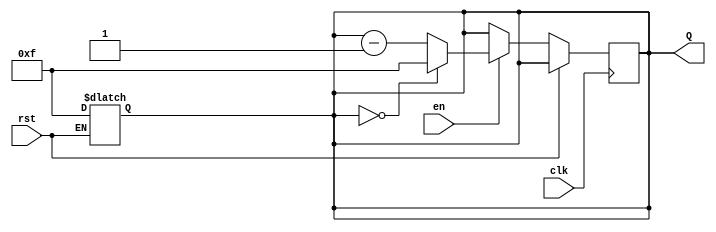
module binary_down_counter #(parameter N = 4) (
    input wire clk,          // Clock signal
    input wire rst,          // Asynchronous reset
    input wire en,           // Enable signal
    output reg [N-1:0] Q     // N-bit output count
);

    // Maximum value is defined as (2^N - 1)
    localparam MAX_VALUE = (1 << N) - 1;

    // Asynchronous reset
    always @(*) begin
        if (rst) begin
            Q = MAX_VALUE;  // Reset to maximum value
        end
    end

    // Synchronous logic for counting down
    always @(posedge clk) begin
        if (!rst) begin
            if (en) begin
                if (Q == 0) begin
                    Q <= MAX_VALUE;  // Wrap around to maximum value
                end else begin
                    Q <= Q - 1;      // Decrement the counter
                end
            end
            // If enable is not asserted, retain the current value
        end
    end

endmodule